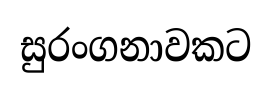
සුරංගනාවකට